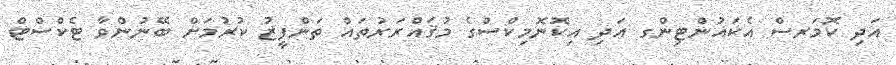
އަދި ކޮމަރސް އެކައުންޓިންގ އަދި އިކޮނޮމިކްސްގެ މުޤައްރަރުތައް ތަންފީޒު ކުރުމަށް ބޭނުންވާ ޓެކްސްޓް